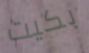
بكيت